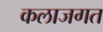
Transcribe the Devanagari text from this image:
कलाजगत